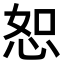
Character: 恕